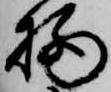
栖